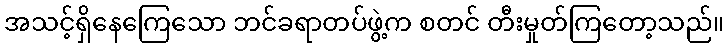
အသင့်ရှိနေကြေသော ဘင်ခရာတပ်ဖွဲ့က စတင် တီးမှုတ်ကြတော့သည်။